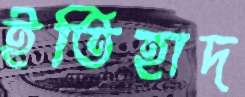
ইতিহাদ